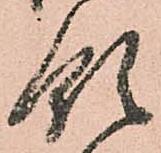
領